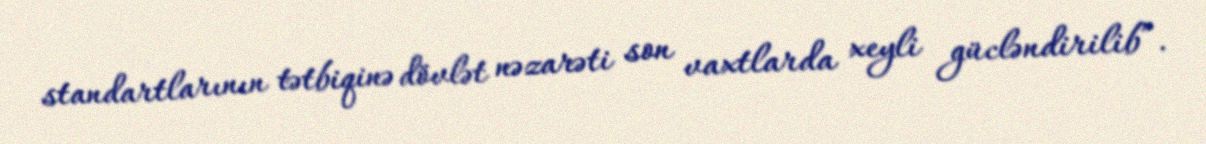
standartlarının tətbiqinə dövlət nəzarəti son vaxtlarda xeyli gücləndirilib”.